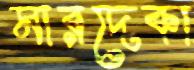
মারদেকা